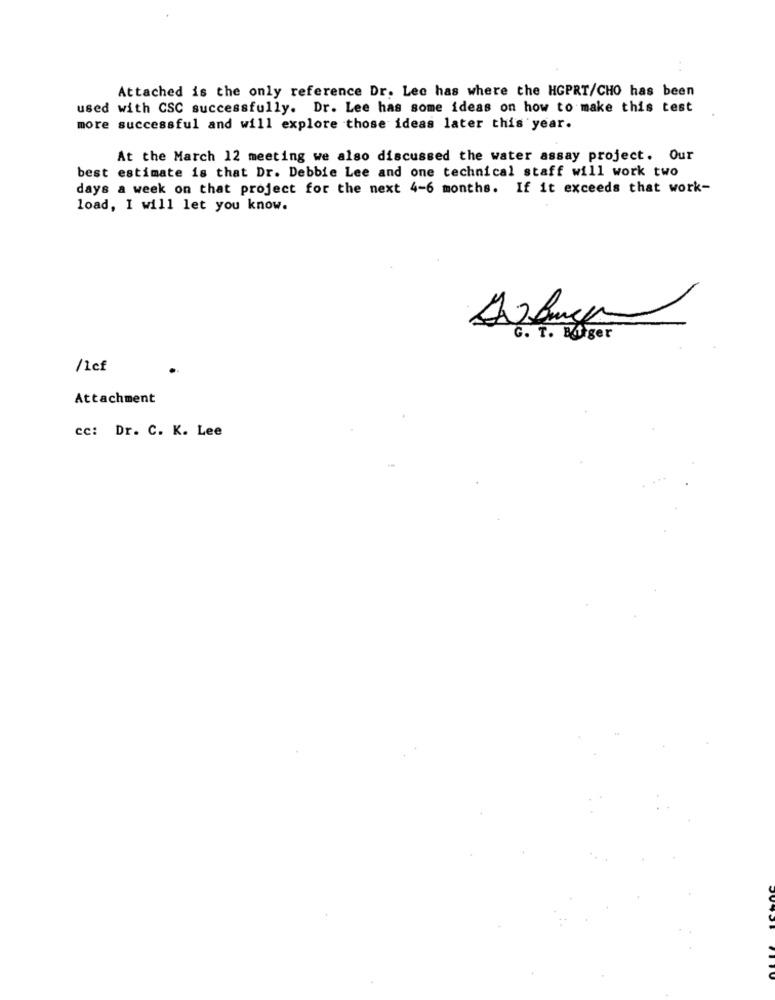
Attached is the only reference Dr. Lee has where the HGPRT/CHO has been
used with CSC successfully. Dr. Lee has some ideas on how to make this test
more successful and will explore those ideas later this year.
At the March 12 meeting we also discussed the water assay project. Our
best estimate is that Dr. Debbie Lee and one technical staff will work two
days a week on that project for the next 4-6 months. If it exceeds that work-
load, I will let you know.
G. T. Biger
/1cf
Attachment
cc: Dr. C. K. Lee